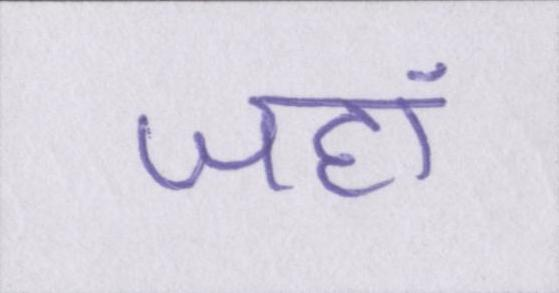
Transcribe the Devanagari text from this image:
जहां